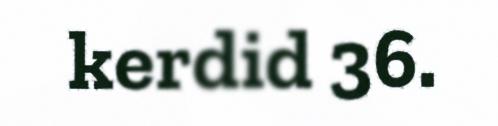
kerdid 36.